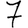
Digit: 7